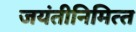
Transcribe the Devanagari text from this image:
जयंतीनिमित्‍त